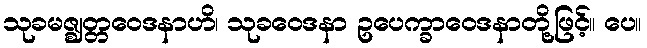
သုခမဇ္ဈတ္တဝေဒနာဟိ၊ သုခဝေဒနာ ဥပေက္ခာဝေဒနာတို့ဖြင့်။ ပေ။